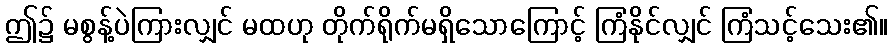
ဤ၌ မစွန့်ပဲကြားလျှင် မထဟု တိုက်ရိုက်မရှိသောကြောင့် ကြံနိုင်လျှင် ကြံသင့်သေး၏။